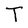
Character: T